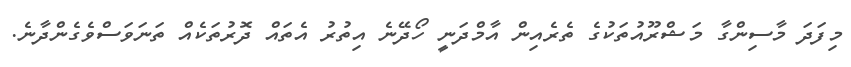
މިފަދަ މާސިންގާ މަޝްރޫއުތަކުގެ ތެރެއިން އާމްދަނީ ހޯދޭނެ އިތުރު އެތައް ދޮރުތަކެއް ތަނަވަސްވެގެންދާނެ.